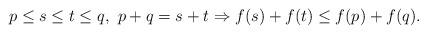
LaTeX: \begin{align*}p\le s\le t\le q, \ p+q=s+t \Rightarrow f(s)+f(t) \le f(p)+f(q).\end{align*}